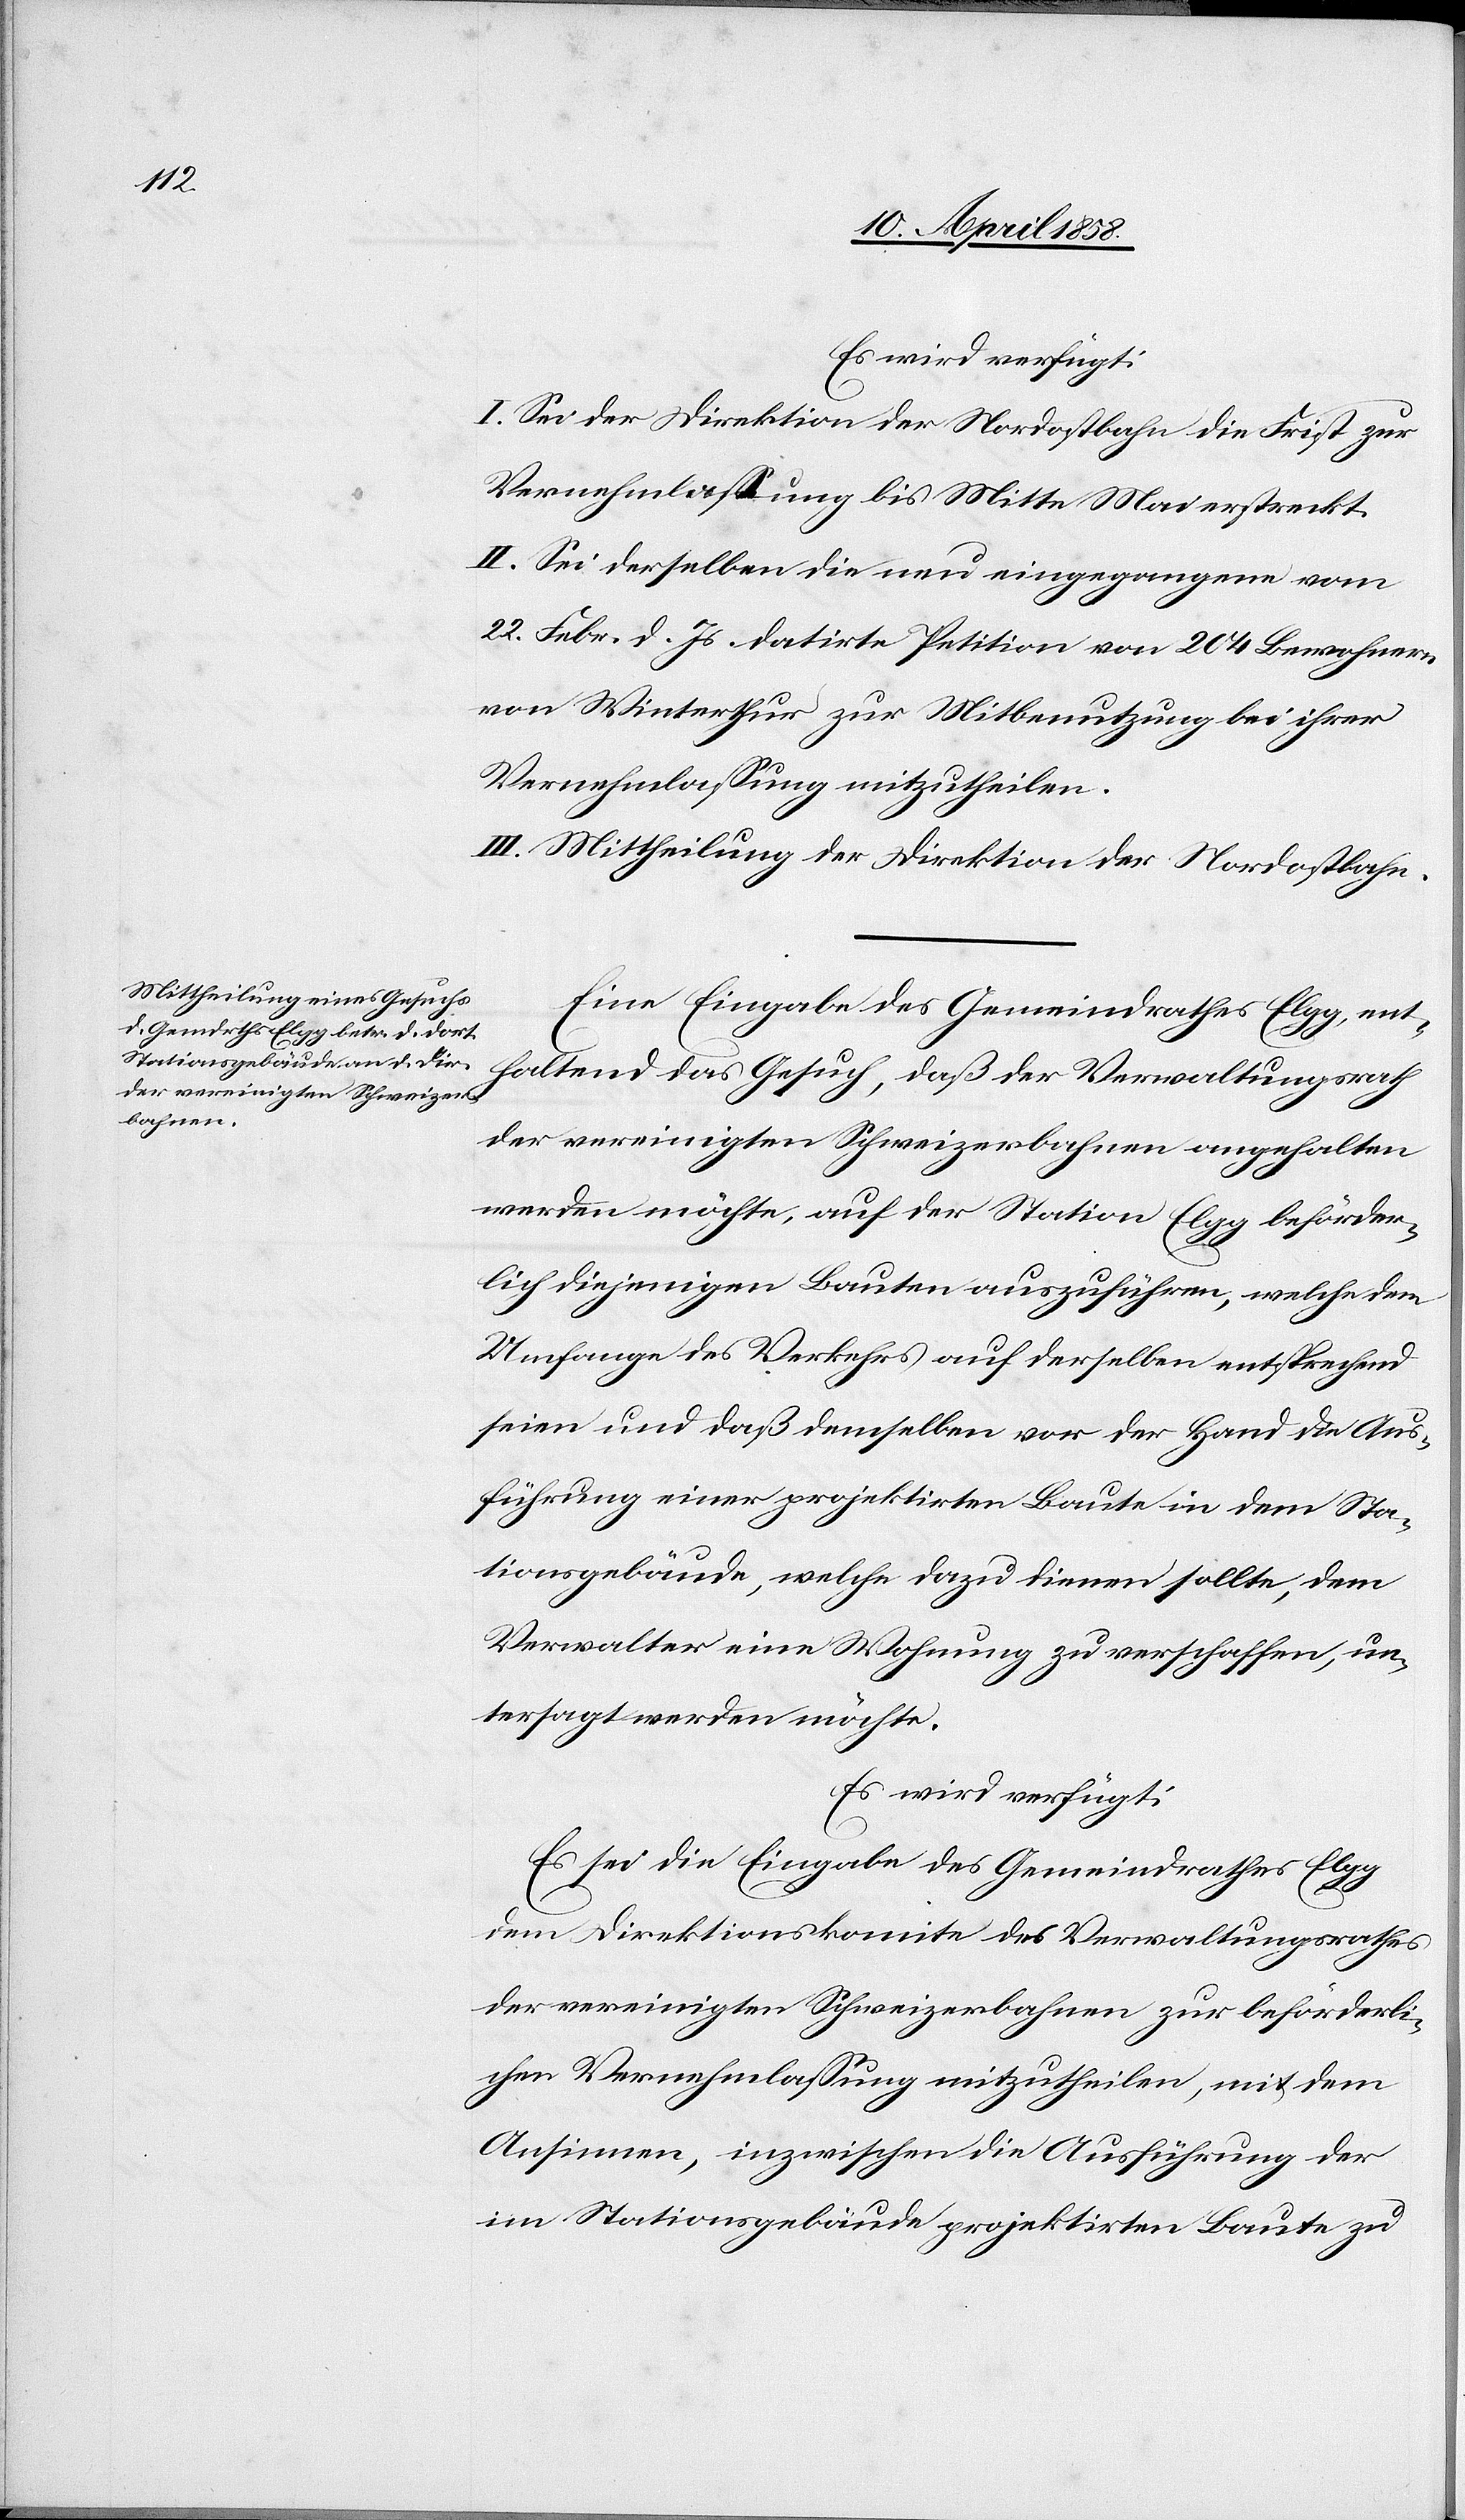
Es wird verfügt:
I. Sei der Direktion der Nordostbahn die Frist zur
Vernehmlassung bis Mitte Mai erstreckt.
II. Sei derselben die neu eingegangene vom
22. Febr. d. Js. datirte Petition von 204 Bewohnern
von Winterthur zur Mitbenutzung bei ihrer
Vernehmlassung mitzutheilen.
III. Mittheilung der Direktion der Nordostbahn.
Eine Eingabe des Gemeindrathes Elgg, ent¬
haltend das Gesuch, daß der Verwaltungsrath
der vereinigten Schweizerbahnen angehalten
werden möchte, auf der Station Elgg beförder¬
lich diejenigen Bauten auszuführen, welche dem
Umfange des Verkehrs auf derselben entsprechend
seien und daß demselben vor der Hand die Aus¬
führung einer projektirten Baute in dem Sta¬
tionsgebäude, welche dazu dienen sollte, dem
Verwalter eine Wohnung zu verschaffen, un¬
tersagt werden möchte.
Es wird verfügt:
Es sei die Eingabe des Gemeindrathes Elgg
dem Direktionskomite des Verwaltungsrathes
der vereinigten Schweizerbahnen zur beförderli¬
chen Vernehmlassung mitzutheilen, mit dem
Ansinnen, inzwischen die Ausführung der
im Stationsgebäude projektirten Baute zu